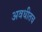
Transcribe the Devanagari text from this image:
अवधीतच